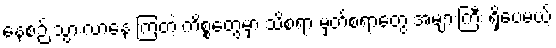
နေ့စဉ် သွားလာနေ ကြတဲ့ ကိစ္စတွေမှာ သိစရာ မှတ်စရာတွေ အများကြီး ရှိပေမယ့်